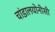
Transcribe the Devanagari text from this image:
चांडालयोनीसी